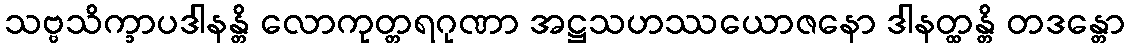
သဗ္ဗသိက္ခာပဒါနန္တိ လောကုတ္တရဂုဏာ အဋ္ဌသဟဿယောဇနော ဒါနတ္ထန္တိ တဒန္တော